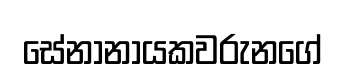
සේනානායකවරුනගේ